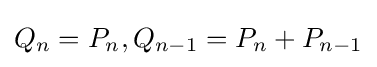
Q_{n}=P_{n},Q_{n-1}=P_{n}+P_{n-1}